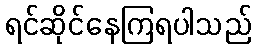
ရင်ဆိုင်နေကြရပါသည်